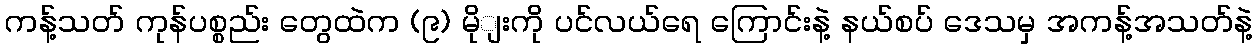
ကန့်သတ် ကုန်ပစ္စည်း တွေထဲက (၉) မိုျးကို ပင်လယ်ရေ ကြောင်းနဲ့ နယ်စပ် ဒေသမှ အကန့်အသတ်နဲ့